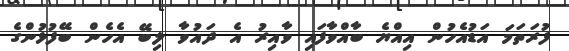
ފުރަތަމަ އަޑުއެހުން އިއްޔެ ބާއްވާފައި ވާއިރު އެ ދައުވާ ލިބޭ އެހެން ބޭފުޅުންގެ